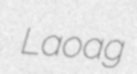
Laoag